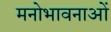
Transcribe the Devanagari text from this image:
मनोभावनाआें